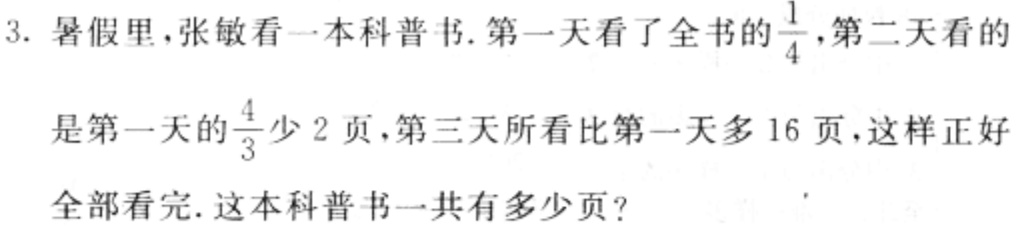
3. 暑假里，张敏看一本科普书. 第一天看了全书的$\frac{1}{4}$，第二天看的
是第一天的$\frac{4}{3}$少2页，第三天所看比第一天多16页，这样正好
全部看完. 这本科普书一共有多少页?